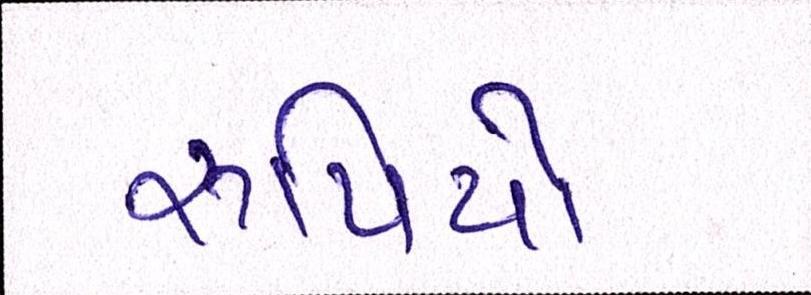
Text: રૃપિયો